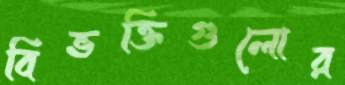
বিভক্তিগুলোর